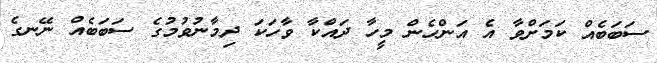
ސަބަބެއް ކަމަށްވާ އެ އަންހެން މީހާ ދައްކާ ވާހަކަ ދިމާނުވުމުގެ ސަބަބެއް ނޭނގެ